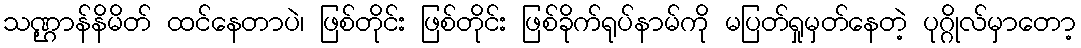
သဏ္ဌာန်နိမိတ် ထင်နေတာပဲ၊ ဖြစ်တိုင်း ဖြစ်တိုင်း ဖြစ်ခိုက်ရုပ်နာမ်ကို မပြတ်ရှုမှတ်နေတဲ့ ပုဂ္ဂိုလ်မှာတော့